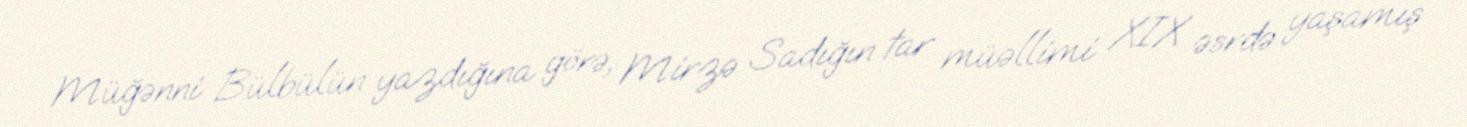
Müğənni Bülbülün yazdığına görə, Mirzə Sadığın tar müəllimi XIX əsrdə yaşamış